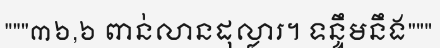
"""៣៦,៦ ពាន់លានដុល្លារ។ ទន្ទឹមនឹង"""